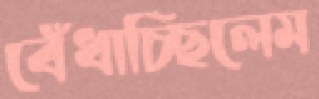
বেঁধাচ্ছিলেম